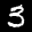
Label: 3